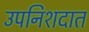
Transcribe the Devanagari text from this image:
उपनिशदात